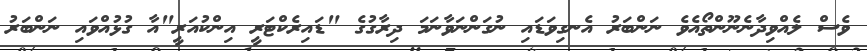
ވެސް ލެއްވިދާނެނޫންތޯއެވެ ނަންބަރު އެނގިވަޑައި ނުގަންނަވާނަމަ ދިރާގުގެ "ޑައިރެކްޓަރީ އިންކުއަރީ"އާ ގުޅުއްވައި ނަންބަރު